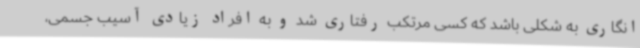
انگاری به شکلی باشد که کسی مرتکب رفتاری شد و به افراد زیادی آسیب جسمی،